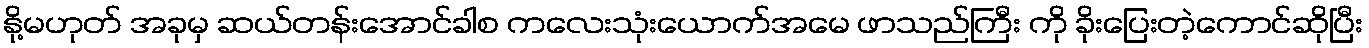
နို့မဟုတ် အခုမှ ဆယ်တန်းအောင်ခါစ ကလေးသုံးယောက်အမေ ဖာသည်ကြီး ကို ခိုးပြေးတဲ့ကောင်ဆိုပြီး